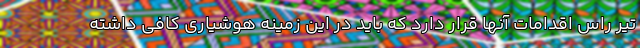
تیر راس اقدامات آنها قرار دارد که باید در این زمینه هوشیاری کافی داشته